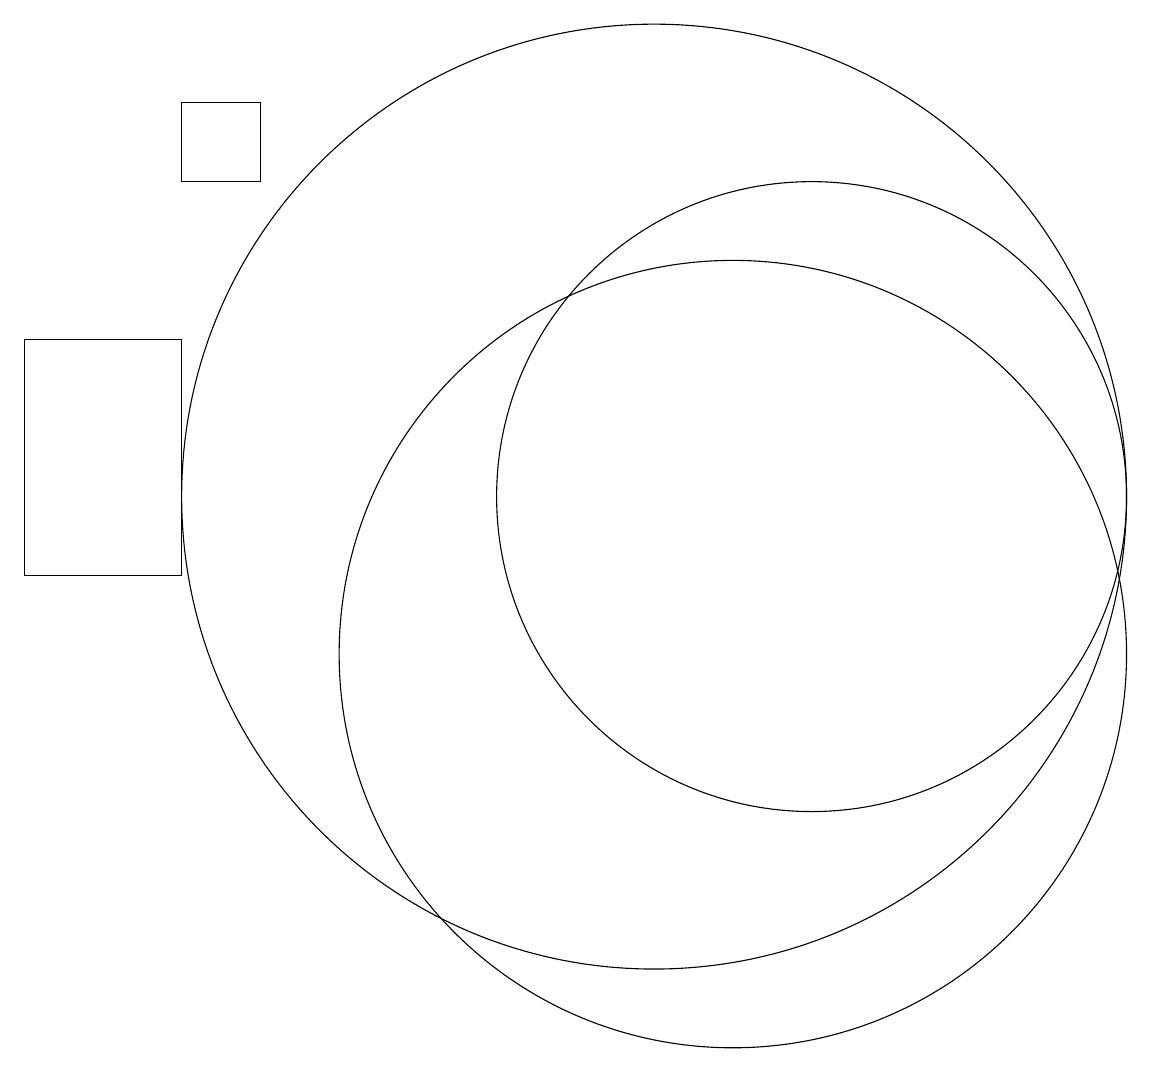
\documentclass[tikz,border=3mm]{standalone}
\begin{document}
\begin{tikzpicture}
\draw (10,12) circle (6);
\draw (11,10) circle (5);
\draw (4,16) rectangle (5,17);
\draw (4,11) rectangle (2,14);
\draw (12,12) circle (4);
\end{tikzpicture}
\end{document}